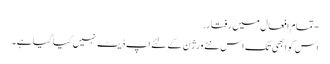
- تمام افعال میں رفتار.
اس کو ابھی تک اس نئے ورژن کے لئے اپ ڈیٹ نہیں کیا گیا ہے۔